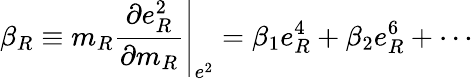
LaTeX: \beta_{R}\equiv\left.m_{R}\frac{\partial e_{R}^{2}}{\partial m_{R}}\right|_{e^{2}}=\beta_{1}e_{R}^{4}+\beta_{2}e_{R}^{6}+\cdots